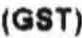
(GST)